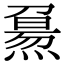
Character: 𤎘